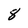
Character: 8